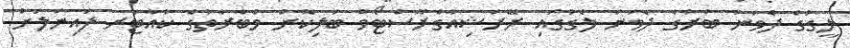
ލީގުގެ ދެވަނަ ބުރުގެ ދެވަނަ ލެގުގައި ރޭރަޝިއާގެރޮސްޓޯވް ބަލިކޮށް މުބާރާތުގެ ކުއާޓަރ ފައިނަލަށް